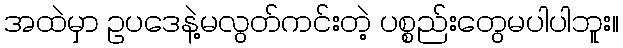
အထဲမှာ ဥပဒေနဲ့မလွတ်ကင်းတဲ့ ပစ္စည်းတွေမပါပါဘူး။